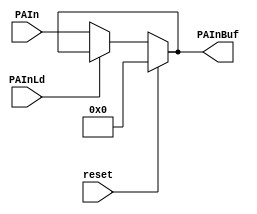
`timescale 1ns / 1ps

module PAIn(
	  output[7:0] PAInBuf,  //A
	  input reset,
    input[7:0] PAIn,  //A
    input PAInLd   //A
    );
    
    reg[7:0] PAInBufQ;  //AQ
    reg[7:0] PAInBufD;  //AD
    assign PAInBuf = PAInBufQ;  //AQA
    
    always @(PAInLd or PAIn) begin
      if(PAInLd==1'b0)
        PAInBufD = PAIn;  //
      else  
        PAInBufD = PAInBufQ;  //
    end
    
    always @(reset or PAInLd or PAIn) begin  //
      if(reset)
        PAInBufQ = 8'h00;  //0
      else
        PAInBufQ = PAInBufD;
    end
    
endmodule